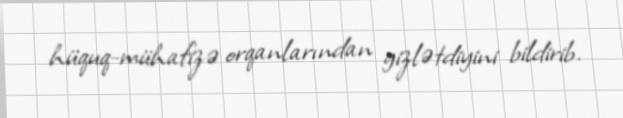
hüquq-mühafizə orqanlarından gizlətdiyini bildirib.